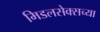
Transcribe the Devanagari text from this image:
मिडलसेक्सच्या